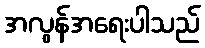
အလွန်အရေးပါသည်